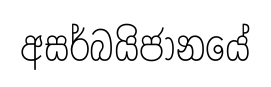
අසර්බයිජානයේ